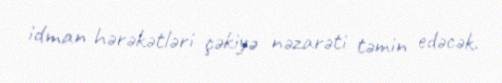
idman hərəkətləri çəkiyə nəzarəti təmin edəcək.